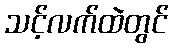
သင့်လက်ထဲတွင်